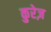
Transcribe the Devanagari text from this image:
कुरेज़